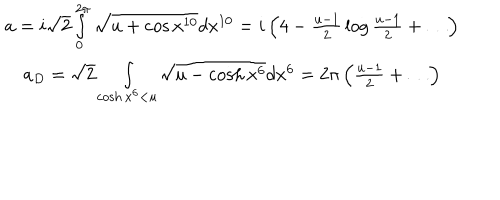
\begin{array} { c } { { a = { i \sqrt { 2 } } \int _ { 0 } ^ { 2 \pi } \sqrt { u + \cos x ^ { 1 0 } } d x ^ { 1 0 } = i \left( 4 - { \frac { u - 1 } { 2 } } \log { \frac { u - 1 } { 2 } } + \ldots \right) } } \\ { { a _ { D } = \sqrt { 2 } \int _ { \cosh x ^ { 6 } < u } \sqrt { u - \cosh x ^ { 6 } } d x ^ { 6 } = 2 \pi \left( { \frac { u - 1 } { 2 } } + \ldots \right) } } \\ \end{array}